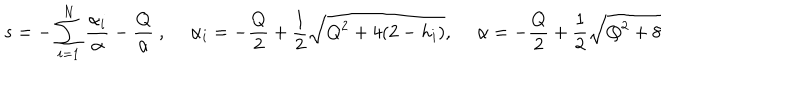
s = - \sum _ { i = 1 } ^ { N } \frac { \alpha _ { i } } { \alpha } - \frac { Q } { \alpha } ~ , \quad ~ \alpha _ { i } = - \frac { Q } { 2 } + \frac { 1 } { 2 } \sqrt { Q ^ { 2 } + 4 ( 2 - h _ { i } ) } , \quad ~ \alpha = - \frac { Q } { 2 } + \frac { 1 } { 2 } \sqrt { Q ^ { 2 } + 8 }